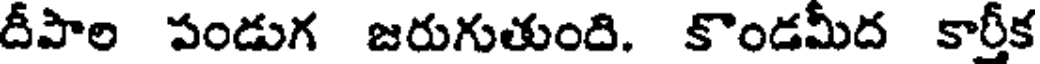
దీపాల పండుగ జరుగుతుంది. కొండమీద కార్తీక